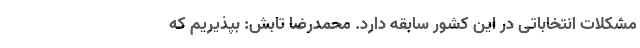
مشکلات انتخاباتی در این کشور سابقه‌ دارد. محمدرضا تابش: بپذیریم که